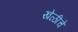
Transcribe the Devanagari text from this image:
खेळीचे